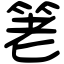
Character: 䇭